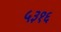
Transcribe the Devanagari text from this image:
५३१६